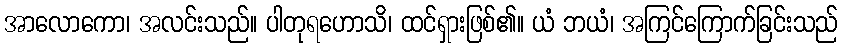
အာလောကော၊ အလင်းသည်။ ပါတုရဟောသိ၊ ထင်ရှားဖြစ်၏။ ယံ ဘယံ၊ အကြင်ကြောက်ခြင်းသည်